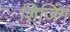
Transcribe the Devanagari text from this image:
शिजिंग